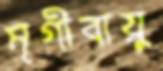
মৃগীবায়ু